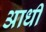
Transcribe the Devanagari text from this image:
अाधी